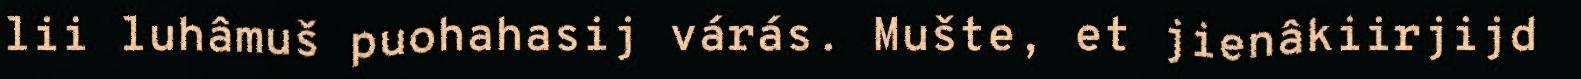
lii luhâmuš puohahasij várás. Mušte, et jienâkiirjijd